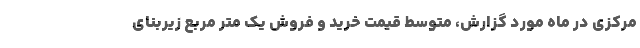
مرکزی در ماه مورد گزارش، متوسط قیمت خرید و فروش یک متر مربع زیربنای